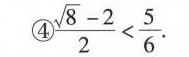
④\frac{\sqrt8-2}{2}<\frac{5}{6}.